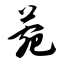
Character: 菀